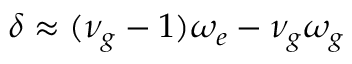
\delta \approx ( \nu _ { g } - 1 ) \omega _ { e } - \nu _ { g } \omega _ { g }